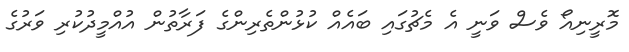
މޮރީނިއޯ ވެސް ވަނީ އެ މެޗުގައި ބައެއް ކުޅުންތެރިންގެ ފަރާތުން އުއްމީދުކުރި ވަރުގެ